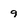
Character: 9